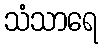
သံသာရေ